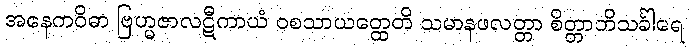
အနေကဝိဓာ ဗြဟ္မဇာလဋီကာယံ ဝစသာယတ္ထေတိ သမာနဖလတ္တာ စိတ္တာဘိသင်္ခါရေ